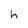
Character: h